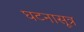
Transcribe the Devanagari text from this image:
घटनासूत्र